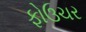
ફોઉચર